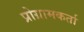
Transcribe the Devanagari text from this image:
प्रोग्रामकर्ता